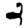
Digit: 2